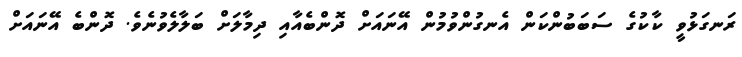
ރަނގަޅުވީ ކާކުގެ ސަބަބުންކަން އެނގުންވުމުން އޭނައަށް ދޮންބެއާއި ދިމާލަށް ބަލާލެވުނެވެ. ދޮންބެ އޭނައަށް